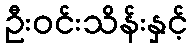
ဦးဝင်းသိန်းနှင့်